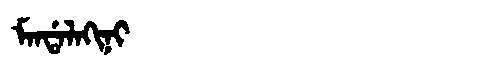
Manchu: ᠮᠠᠨᡩᠠᠯᠠᡴᡳᠨᡳ
Romanization: MANDALAKINI